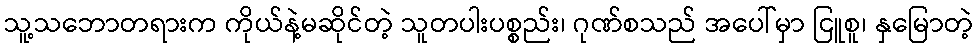
သူ့သဘောတရားက ကိုယ်နဲ့မဆိုင်တဲ့ သူတပါးပစ္စည်း၊ ဂုဏ်စသည် အပေါ်မှာ ငြူစူ၊ နှမြောတဲ့